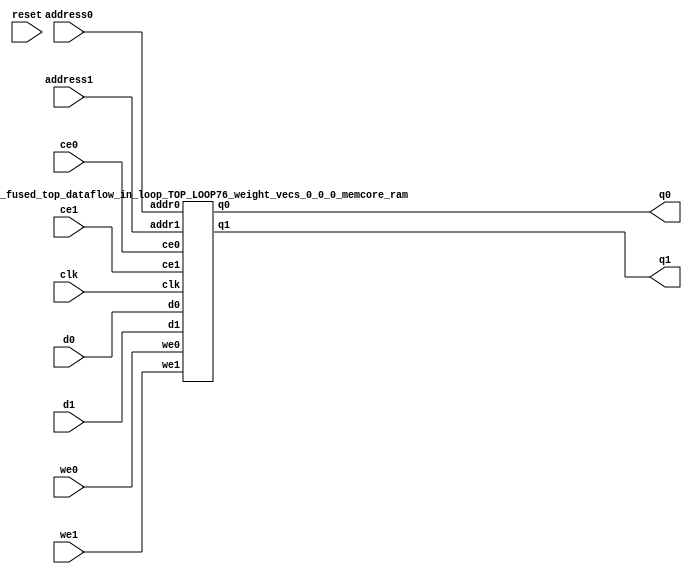
`define EXPONENT 5
`define MANTISSA 10
`define ACTUAL_MANTISSA 11
`define EXPONENT_LSB 10
`define EXPONENT_MSB 14
`define MANTISSA_LSB 0
`define MANTISSA_MSB 9
`define MANTISSA_MUL_SPLIT_LSB 3
`define MANTISSA_MUL_SPLIT_MSB 9
`define SIGN 1
`define SIGN_LOC 15
`define DWIDTH (`SIGN+`EXPONENT+`MANTISSA)
`define IEEE_COMPLIANCE 1

module td_fused_top_dataflow_in_loop_TOP_LOOP76_weight_vecs_0_0_0_memcore(
    reset,
    clk,
    address0,
    ce0,
    we0,
    d0,
    q0,
    address1,
    ce1,
    we1,
    d1,
    q1);

parameter DataWidth = 32'd16;
parameter AddressRange = 32'd256;
parameter AddressWidth = 32'd8;
input reset;
input clk;
input[AddressWidth - 1:0] address0;
input ce0;
input we0;
input[DataWidth - 1:0] d0;
output[DataWidth - 1:0] q0;
input[AddressWidth - 1:0] address1;
input ce1;
input we1;
input[DataWidth - 1:0] d1;
output[DataWidth - 1:0] q1;



td_fused_top_dataflow_in_loop_TOP_LOOP76_weight_vecs_0_0_0_memcore_ram td_fused_top_dataflow_in_loop_TOP_LOOP76_weight_vecs_0_0_0_memcore_ram_U(
    .clk( clk ),
    .addr0( address0 ),
    .ce0( ce0 ),
    .we0( we0 ),
    .d0( d0 ),
    .q0( q0 ),
    .addr1( address1 ),
    .ce1( ce1 ),
    .we1( we1 ),
    .d1( d1 ),
    .q1( q1 )
);

endmodule
module td_fused_top_dataflow_in_loop_TOP_LOOP76_weight_vecs_0_0_0_memcore_ram (addr0, ce0, d0, we0, q0, addr1, ce1, d1, we1, q1,  clk);

parameter DWIDTH = 16;
parameter AWIDTH = 8;
parameter MEM_SIZE = 256;

input[AWIDTH-1:0] addr0;
input ce0;
input[DWIDTH-1:0] d0;
input we0;
output reg[DWIDTH-1:0] q0;
input[AWIDTH-1:0] addr1;
input ce1;
input[DWIDTH-1:0] d1;
input we1;
output reg[DWIDTH-1:0] q1;
input clk;

reg [DWIDTH-1:0] ram[MEM_SIZE-1:0];




always @(posedge clk)  
begin 
    if (ce0) begin
        if (we0) 
            ram[addr0] <= d0; 
        q0 <= ram[addr0];
    end
end


always @(posedge clk)  
begin 
    if (ce1) begin
        if (we1) 
            ram[addr1] <= d1; 
        q1 <= ram[addr1];
    end
end


endmodule